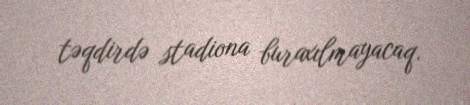
təqdirdə stadiona buraxılmayacaq.